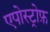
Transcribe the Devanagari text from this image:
एपोस्ट्रोफ़